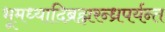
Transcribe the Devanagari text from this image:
भूमध्यादिब्रह्मरन्ध्रपर्यन्त